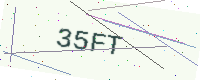
Text: 35FT